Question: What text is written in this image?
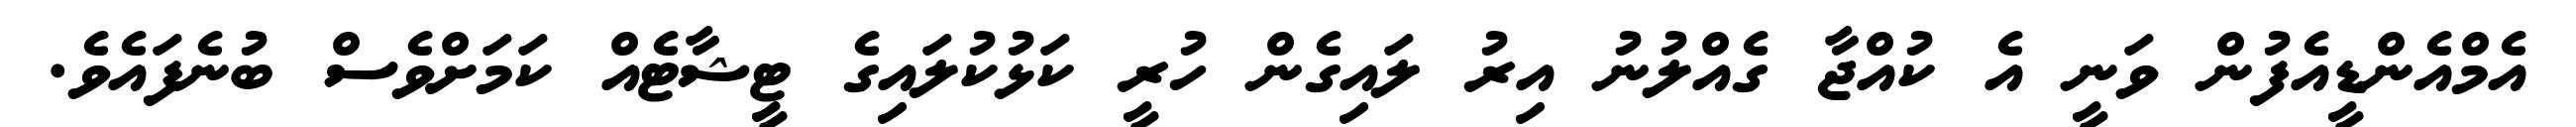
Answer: އެމްއެންޑީއެފުން ވަނީ އެ ކުއްޖާ ގެއްލުނު އިރު ލައިގެން ހުރީ ކަޅުކުލައިގެ ޓީޝާޓެއް ކަމަށްވެސް ބުނެފައެވެ.